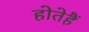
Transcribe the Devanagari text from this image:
होतेहैं